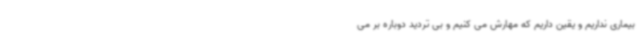
بیماری نداریم و یقین داریم که مهارش می کنیم و بی تردید دوباره بر می